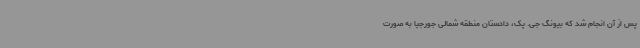
پس از آن انجام شد که بیونگ جی. پک، دادستان منطقه شمالی جورجیا به صورت